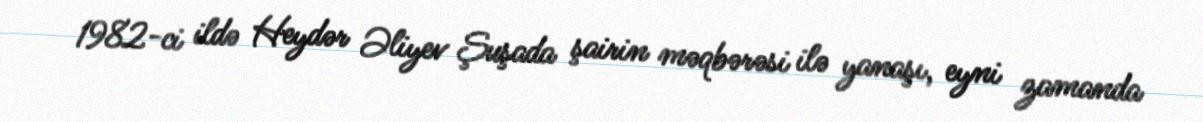
1982-ci ildə Heydər Əliyev Şuşada şairin məqbərəsi ilə yanaşı, eyni zamanda